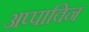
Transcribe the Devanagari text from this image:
अप्पाविन